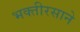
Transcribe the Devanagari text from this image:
भक्तीरसाने